Indian journal of veterinary science and animal husbandry - Volumes 24-25, 1954-1955
Year: 1954
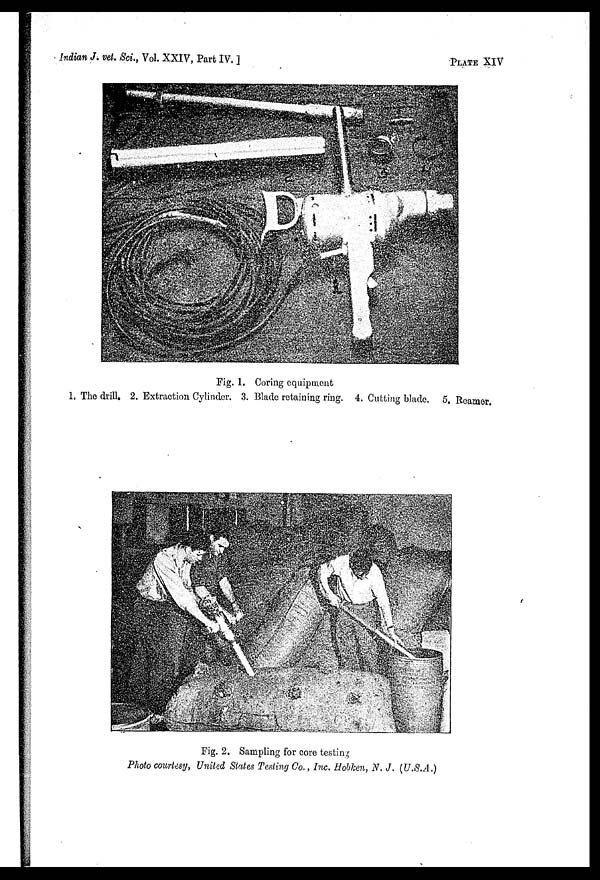
Indian J. vet. Sci., Vol. XXIV, Part IV. ]
PLATE
XIV
Fig. 1. Coring equipment
1. The drill. 2. Extraction Cylinder. 3. Blade retaining ring. 4. Cutting blade. 5. Reamer.
Fig. 2. Sampling for core testing
Photo courtesy, United States Testing Co., Inc. Hobken, N. J. (U.S.A.)